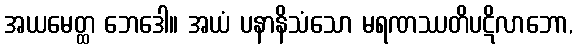
အယမေတ္ထ ဘေဒေါ။ အယံ ပနာနိသံသော မရဏဿတိပဋိလာဘော,